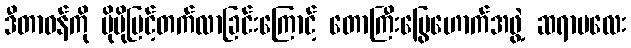
ဒီတာဝန်ကို ပိုမိုမြင့်တက်လာခြင်းကြောင့် တောကြီးမြွေဟောက်အဖွဲ့ ဆရာမလေး